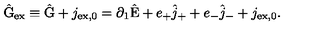
\hat { \mathrm { G } } _ { \mathrm { e x } } \equiv \hat { \mathrm { G } } + j _ { \mathrm { e x , 0 } } = \partial _ { 1 } \hat { \mathrm { E } } + e _ { + } \hat { j } _ { + } + e _ { - } \hat { j } _ { - } + j _ { \mathrm { e x , 0 } } .